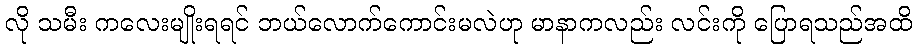
လို သမီး ကလေးမျိုးရရင် ဘယ်လောက်ကောင်းမလဲဟု မာနာကလည်း လင်းကို ပြောရသည်အထိ